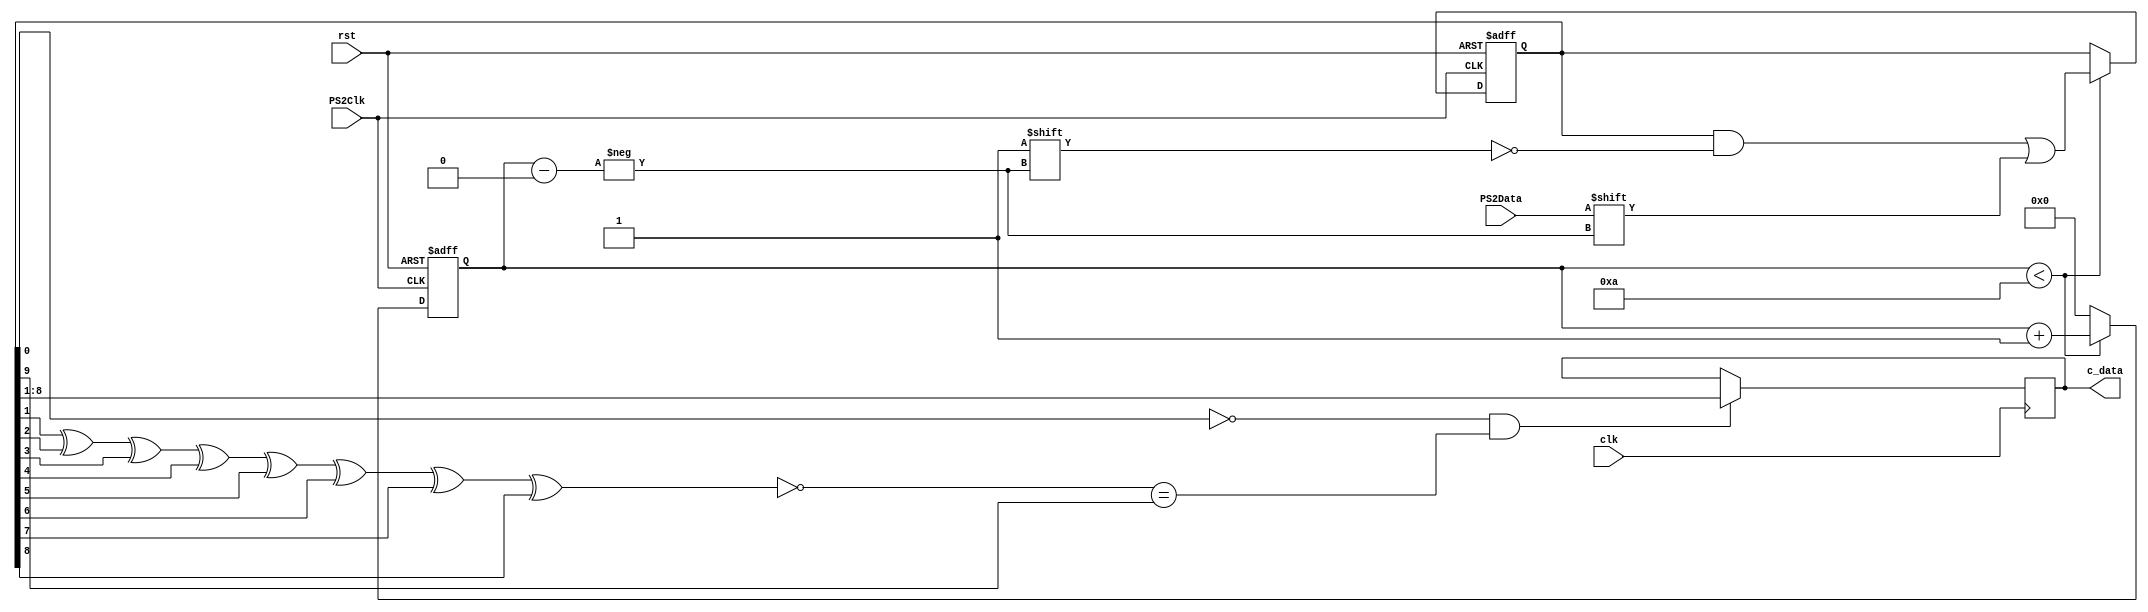
`timescale 1ns / 1ps

module ps2_rx(
    clk,
    rst,
    PS2Clk,
    PS2Data,
    c_data
);
    input clk;
    input rst;
    input PS2Clk;
    input PS2Data;
    output reg [7:0] c_data;

    reg [10:0] store=0;
    reg [3:0] count=0;
    wire parity_check;

    always @(negedge PS2Clk or posedge rst) begin
        if (rst) begin
            count<=0;
            store<=0;
        end
        else begin
            if(count<10) begin
                store[count]<=PS2Data;
                count<=count+1;
            end
            else begin
                count<=0;
            end
        end
    end

    assign parity_check=~(store[1]^store[2]^store[3]^store[4]^store[5]^store[6]^store[7]^store[8]);

    always @(posedge clk) begin
            if ((store[0]==0) && (parity_check==store[9])) begin
                c_data=store[8:1];
            end
    end

endmodule